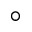
^ \circ